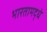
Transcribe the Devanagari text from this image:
भारतामद्धे